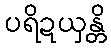
ပရိဍယှန္တိ